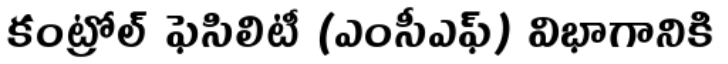
కంట్రోల్ ఫెసిలిటీ (ఎంసీఎఫ్) విభాగానికి